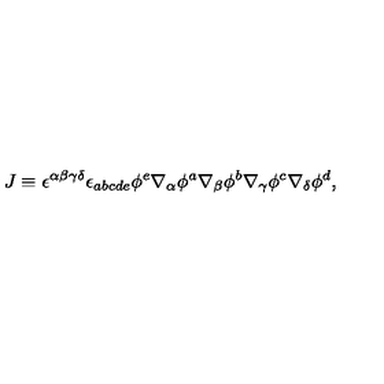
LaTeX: J \equiv \epsilon ^ { \alpha \beta \gamma \delta } \epsilon _ { a b c d e } \phi ^ { e } \nabla _ { \alpha } \phi ^ { a } \nabla _ { \beta } \phi ^ { b } \nabla _ { \gamma } \phi ^ { c } \nabla _ { \delta } \phi ^ { d } ,